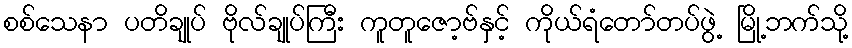
စစ်သေနာ ပတိချုပ် ဗိုလ်ချုပ်ကြီး ကူတူဇော့ဗ်နှင့် ကိုယ်ရံတော်တပ်ဖွဲ့ မြို့ဘက်သို့